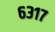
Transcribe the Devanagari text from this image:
६३१७